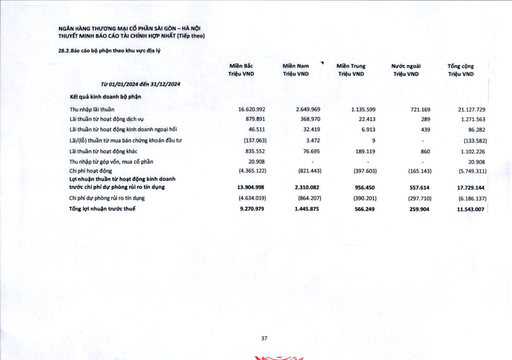
||Miền Bắc Triệu VND|Miền Nam Triệu VND|Miền Trung Triệu VND|Nước ngoài Triệu VND|Tổng cộng Triệu VND| |---|---|---|---|---|---| |Từ 01/01/2024 đến 31/12/2024|||||| |Kết quả kinh doanh bộ phận|||||| |Thu nhập lãi thuần|16.620.992|2.649.969|1.135.599|721.169|21.127.729| |Lãi thuần từ hoạt động dịch vụ|879.891|368.970|22.413|289|1.271.563| |Lãi thuần từ hoạt động kinh doanh ngoại hối|46.511|32.419|6.913|439|86.282| |Lãi/(Lỗ) thuần từ mua bán chứng khoán đầu tư|-137.063|3.472|9|-|-133.582| |Lãi thuần từ hoạt động khác|835.552|76.695|189.119|860|1.102.226| |Thu nhập từ góp vốn, mua cổ phần|20.908|-|-|-|20.908| |Chi phí hoạt động|-4.365.122|-821.443|-397.603|-165.143|-5.749.311| |Lợi nhuận thuần từ hoạt động kinh doanh trước chi phí dự phòng rủi ro tín dụng|13.904.998|2.310.082|956.450|557.614|17.729.144| |Chi phí dự phòng rủi ro tín dụng|-4.634.019|-864.207|-390.201|-297.710|-6.186.137| |Tổng lợi nhuận trước thuế|9.270.979|1.445.875|566.249|259.904|11.543.007|